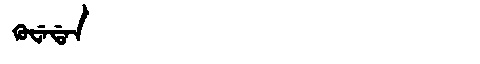
Manchu: ᡴᡠᠸᡝᡩᠠᠨ
Romanization: KUWEDAN